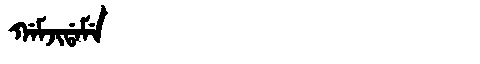
Manchu: ᡤᠠᠮᠵᡳᡩᠠᠮᡝ
Romanization: GAMJIDAME